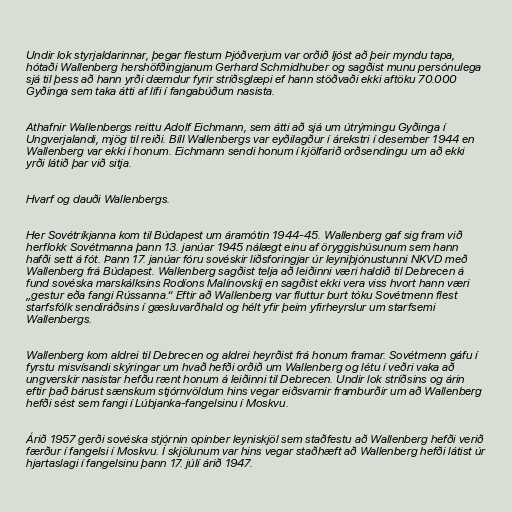
Undir lok styrjaldarinnar, þegar flestum Þjóðverjum var orðið ljóst að þeir myndu tapa,
hótaði Wallenberg hershöfðingjanum Gerhard Schmidhuber og sagðist munu persónulega
sjá til þess að hann yrði dæmdur fyrir stríðsglæpi ef hann stöðvaði ekki aftöku 70.000
Gyðinga sem taka átti af lífi í fangabúðum nasista.

Athafnir Wallenbergs reittu Adolf Eichmann, sem átti að sjá um útrýmingu Gyðinga í
Ungverjalandi, mjög til reiði. Bíll Wallenbergs var eyðilagður í árekstri í desember 1944 en
Wallenberg var ekki í honum. Eichmann sendi honum í kjölfarið orðsendingu um að ekki
yrði látið þar við sitja.

Hvarf og dauði Wallenbergs.

Her Sovétríkjanna kom til Búdapest um áramótin 1944-45. Wallenberg gaf sig fram við
herflokk Sovétmanna þann 13. janúar 1945 nálægt einu af öryggishúsunum sem hann
hafði sett á fót. Þann 17. janúar fóru sovéskir liðsforingjar úr leyniþjónustunni NKVD með
Wallenberg frá Búdapest. Wallenberg sagðist telja að leiðinni væri haldið til Debrecen á
fund sovéska marskálksins Rodíons Malínovskíj en sagðist ekki vera viss hvort hann væri
„gestur eða fangi Rússanna.“ Eftir að Wallenberg var fluttur burt tóku Sovétmenn flest
starfsfólk sendiráðsins í gæsluvarðhald og hélt yfir þeim yfirheyrslur um starfsemi
Wallenbergs.

Wallenberg kom aldrei til Debrecen og aldrei heyrðist frá honum framar. Sovétmenn gáfu í
fyrstu misvísandi skýringar um hvað hefði orðið um Wallenberg og létu í veðri vaka að
ungverskir nasistar hefðu rænt honum á leiðinni til Debrecen. Undir lok stríðsins og árin
eftir það bárust sænskum stjórnvöldum hins vegar eiðsvarnir framburðir um að Wallenberg
hefði sést sem fangi í Lúbjanka-fangelsinu í Moskvu.

Árið 1957 gerði sovéska stjórnin opinber leyniskjöl sem staðfestu að Wallenberg hefði verið
færður í fangelsi í Moskvu. Í skjölunum var hins vegar staðhæft að Wallenberg hefði látist úr
hjartaslagi í fangelsinu þann 17. júlí árið 1947.